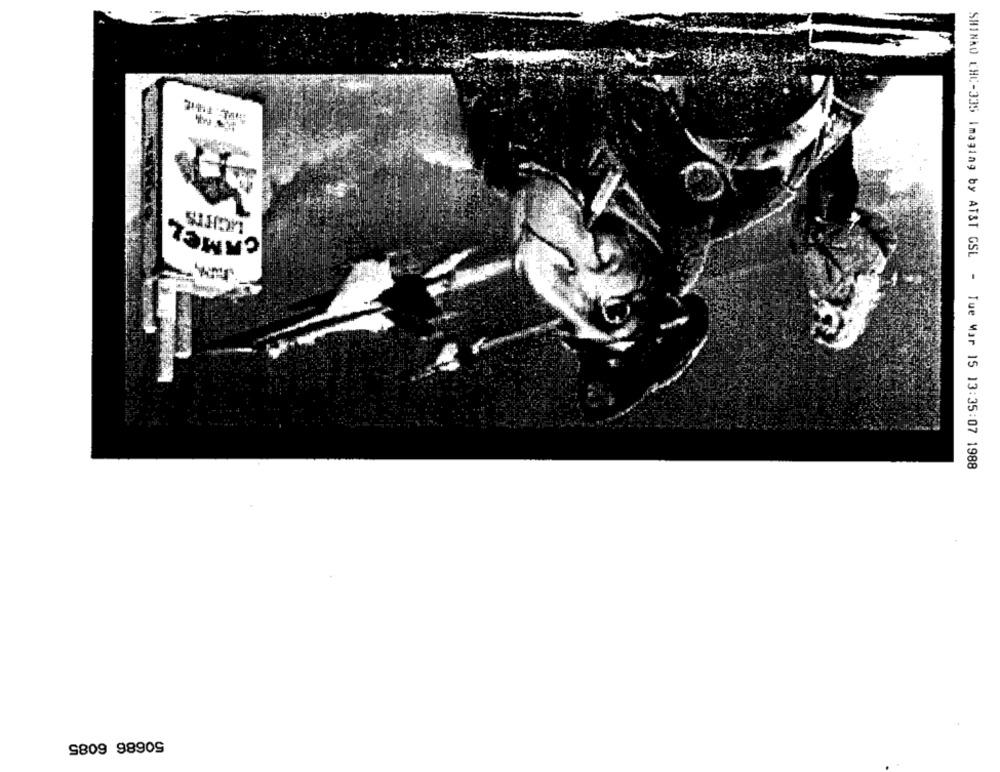
SHINAO CHC-335 Imaging by ATST GSL - Tue Mar 15 13:35:07 1988
50686 6085